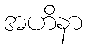
အဟိနာ